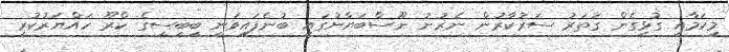
މިކަމާއި ގުޅިގެން ގަތަރު ސަރުކާރުން ނެރުނު ނޫސްބަޔާނުގައި ބުނެފައިވަނީ ބީބީސީގެ ކްރޫ ހައްޔަރުކުރީ